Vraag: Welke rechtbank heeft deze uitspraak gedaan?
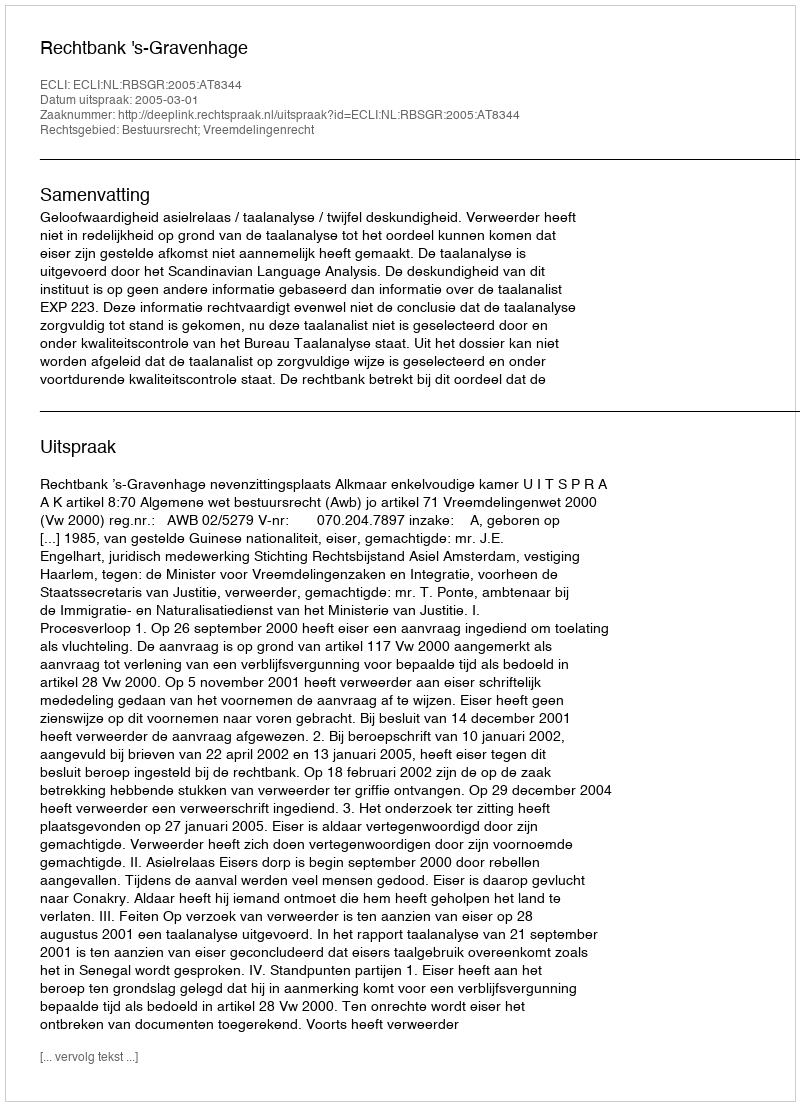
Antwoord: Rechtbank 's-Gravenhage